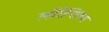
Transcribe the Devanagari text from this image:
लॉरेन्सियम